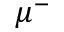
\mu ^ { - }